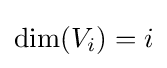
\mathrm {dim} (V_{i})=i